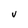
Character: v